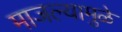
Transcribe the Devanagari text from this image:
माजल्यामुळे